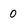
Character: o